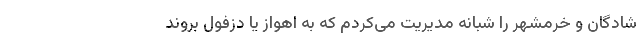
شادگان و خرمشهر را شبانه مدیریت می‌کردم که به اهواز یا دزفول بروند